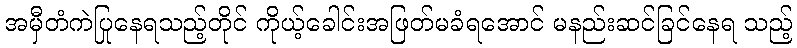
အမှီတံကဲပြုနေရသည့်တိုင် ကိုယ့်ခေါင်းအဖြတ်မခံရအောင် မနည်းဆင်ခြင်နေရ သည့်